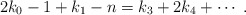
\begin{align*} 2k_{0}-1 +k_{1}-n = k_{3} + 2 k_{4} + \cdots \;. \end{align*}